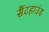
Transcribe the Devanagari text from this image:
सैंटहाउंड